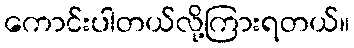
ကောင်းပါတယ်လို့ကြားရတယ်။